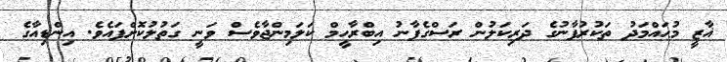
ޣާޒީ މުޙައްމަދު ތަކުރުފާނުގެ ދަރިކަލުން ރަސްގެފާނު އިބްރާހީމް ކަލަމިންޖާވެސް ވަނީ ގަތުލުކޮށްފައެވެ. އިންޑިއާގެ